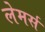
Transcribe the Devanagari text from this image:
लेमर्स